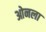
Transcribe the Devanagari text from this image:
ओनला